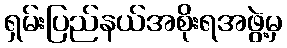
ရှမ်းပြည်နယ်အစိုးရအဖွဲ့မှ